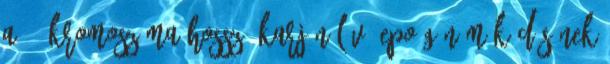
A 7. kromoszóma hosszú karján lévő EPO gén működésének